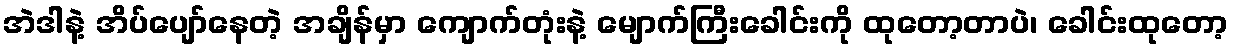
အဲဒါနဲ့ အိပ်ပျော်နေတဲ့ အချိန်မှာ ကျောက်တုံးနဲ့ မျောက်ကြီးခေါင်းကို ထုတော့တာပဲ၊ ခေါင်းထုတော့